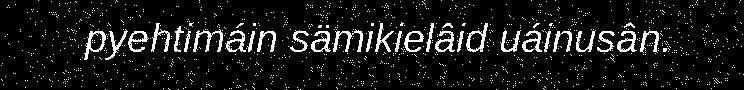
pyehtimáin sämikielâid uáinusân.